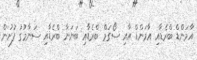
އާމަންޑް ބްރެޑާއި އާމަންޑް އާއި ސޯގަމް ބްރެޑާއި ބަނަނާ ބްރެޑާއި ސަނާމުގު ފުށުން